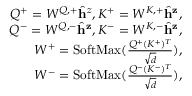
\begin{array} { r } { Q ^ { + } = W ^ { Q , + } \hat { \mathbf { h } } ^ { z } , K ^ { + } = W ^ { K , + } \hat { \mathbf { h } } ^ { \mathbf { z } } , } \\ { Q ^ { - } = W ^ { Q , - } \hat { \mathbf { h } } ^ { \mathbf { z } } , K ^ { - } = W ^ { K , - } \hat { \mathbf { h } } ^ { \mathbf { z } } , } \\ { W ^ { + } = \mathrm { S o f t M a x } ( \frac { Q ^ { + } ( K ^ { + } ) ^ { T } } { \sqrt { d } } ) , } \\ { W ^ { - } = \mathrm { S o f t M a x } ( \frac { Q ^ { - } ( K ^ { - } ) ^ { T } } { \sqrt { d } } ) , } \end{array}